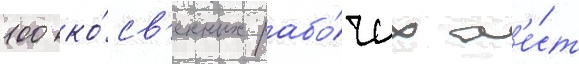
100 ко́св'енных рабо́чих м'е́ст